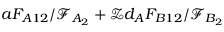
a F _ { A 1 2 } / \mathcal { F } _ { A _ { 2 } } + \mathcal { Z } d _ { A } F _ { B 1 2 } / \mathcal { F } _ { B _ { 2 } }